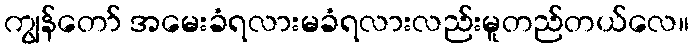
ကျွန်တော် အမေးခံရလားမခံရလားလည်းမူတည်တယ်လေ။